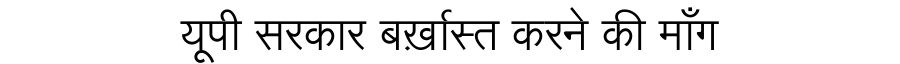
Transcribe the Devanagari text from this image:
यूपी सरकार बर्ख़ास्त करने की माँग